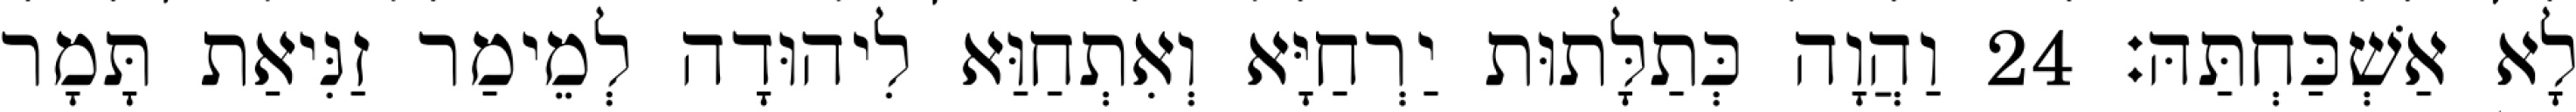
לָא אַשְׁכַּחְתַּהּ׃ 24 וַהֲוָה כְּתַלָּתוּת יַרְחַיָּא וְאִתְחַוַּא לִיהוּדָה לְמֵימַר זַנִּיאַת תָּמָר